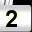
Digit: 2